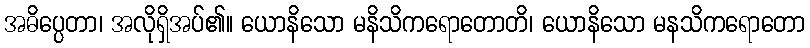
အဓိပ္ပေတာ၊ အလိုရှိအပ်၏။ ယောနိသော မနိသိကရောတောတိ၊ ယောနိသော မနသိကရောတော